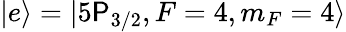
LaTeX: |e\rangle=|5\mathsf{P}_{3/2},F=4,m_{F}=4\rangle